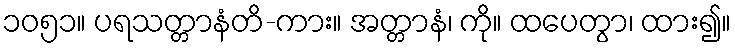
၁၀၅၁။ ပရသတ္တာနံတိ-ကား။ အတ္တာနံ၊ ကို။ ထပေတွာ၊ ထား၍။